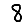
Digit: 8